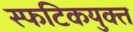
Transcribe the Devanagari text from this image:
स्फटिकयुक्त